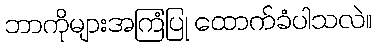
ဘာကိုများအကြံပြု ထောက်ခံပါသလဲ။